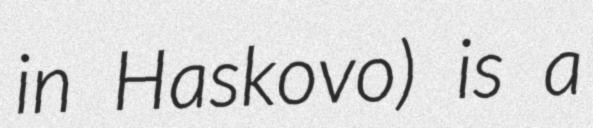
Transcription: in Haskovo) is a